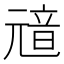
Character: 𩐘